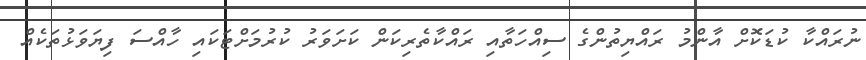
ނުރައްކާ ކުޑަކޮށް އާންމު ރައްޔިތުންގެ ސިއްހަތާއި ރައްކާތެރިކަން ކަށަވަރު ކުރުމަށްޓަކައި ހާއްސަ ފިޔަވަޅުތަކެއް